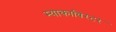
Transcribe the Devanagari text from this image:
म्याकाविरटर